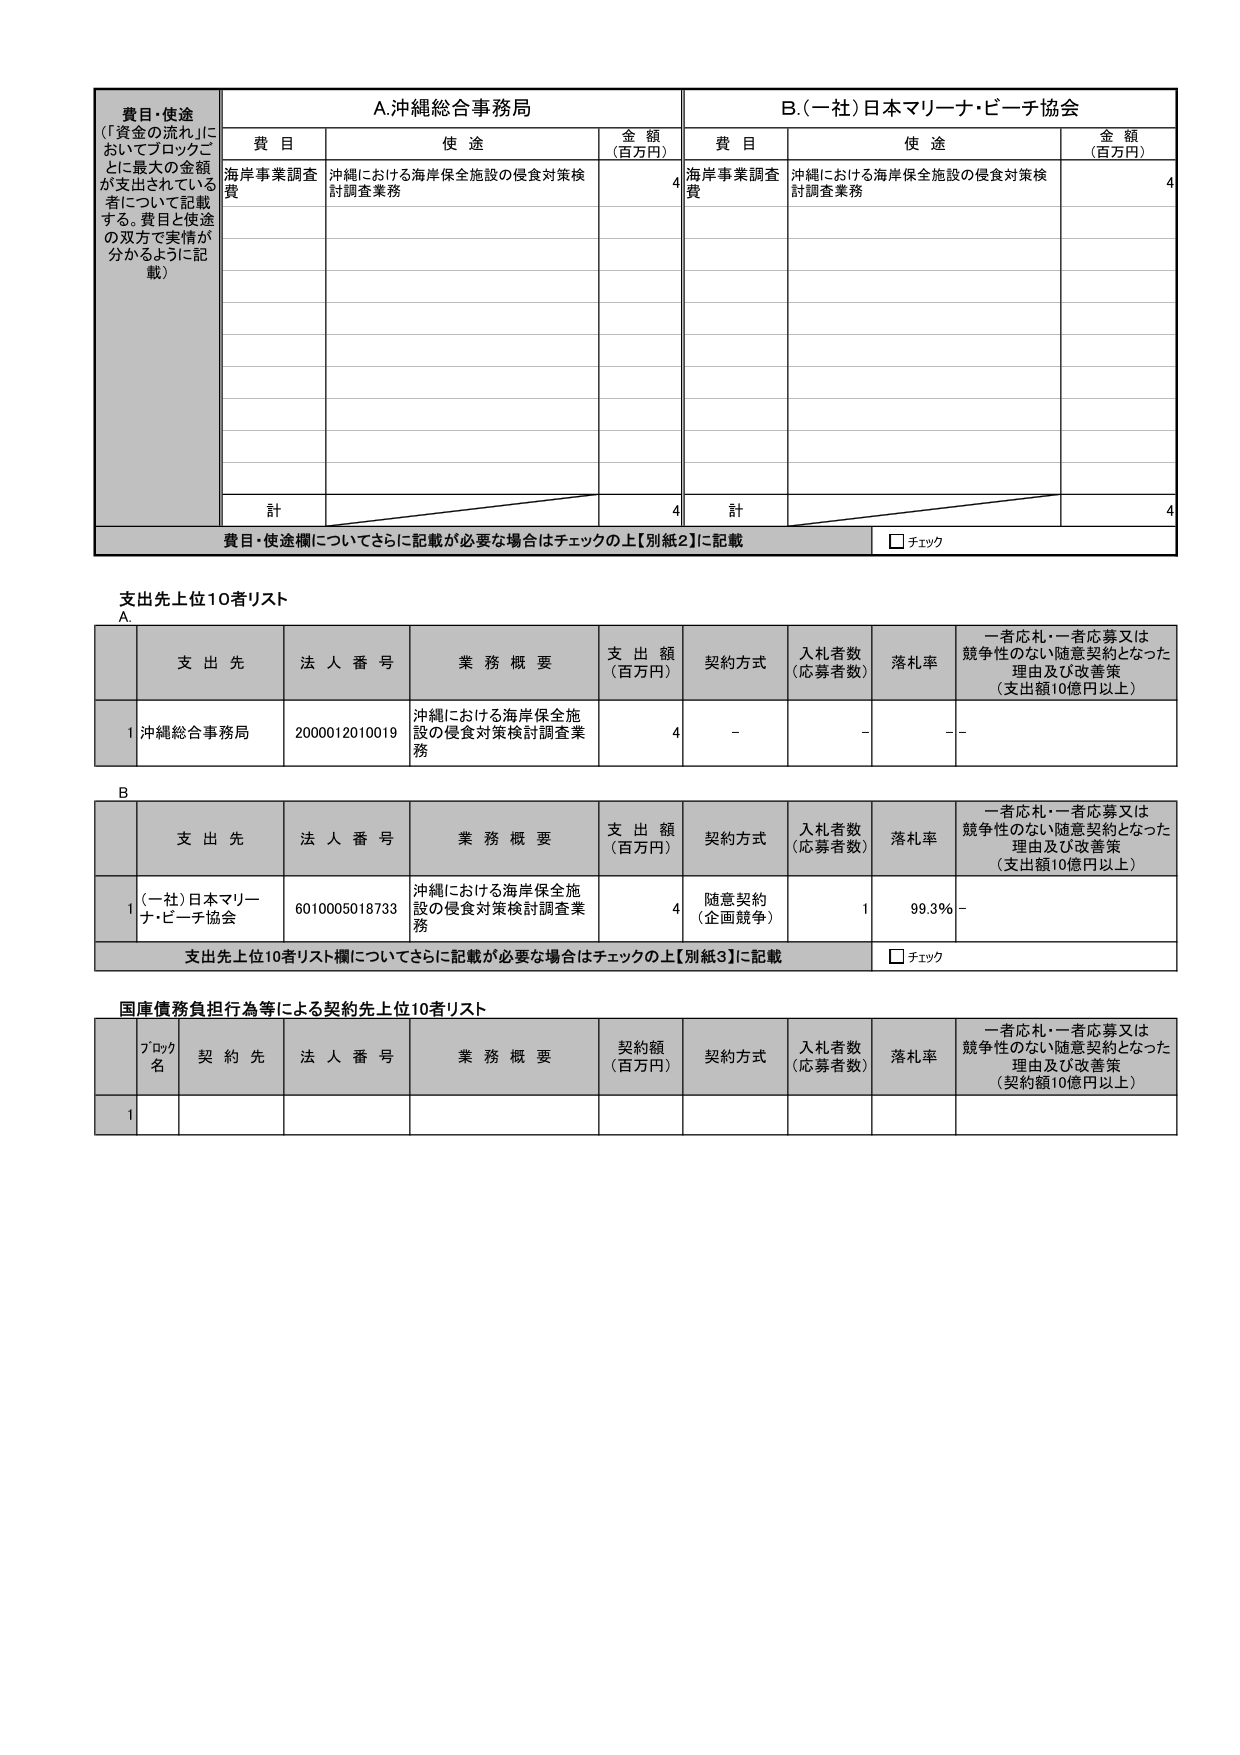
費目・使途
（「資金の流れ」に
おいてブロックご
とに最大の金額
が支出されている
者について記載
する。費目と使途
の双方で実情が
分かるように記
載）

A.沖縄総合事務局

費目
使途
金額
（百万円）

B.（一社）日本マリーナ・ビーチ協会

費目
使途
金額
（百万円）

海岸事業調査
費
沖縄における海岸保全施設の侵食対策検
討調査業務
4
海岸事業調査
費
沖縄における海岸保全施設の侵食対策検
討調査業務
4

計
4
計
4

費目・使途欄についてさらに記載が必要な場合はチェックの上【別紙2】に記載
□チェック

支出先上位10者リスト

A.

支出先
法人番号
業務概要
支出額
（百万円）
契約方式
入札者数
（応募者数）
落札率
一者応札・一者応募又は
競争性のない随意契約となった
理由及び改善策
（支出額10億円以上）

1
沖縄総合事務局
2000012010019
沖縄における海岸保全施
設の侵食対策検討調査業
務
4
-
-
-
-

B

支出先
法人番号
業務概要
支出額
（百万円）
契約方式
入札者数
（応募者数）
落札率
一者応札・一者応募又は
競争性のない随意契約となった
理由及び改善策
（支出額10億円以上）

1
（一社）日本マリーナ・ビーチ協会
6010005018733
沖縄における海岸保全施
設の侵食対策検討調査業
務
4
随意契約
（企画競争）
1
99.3%
-

支出先上位10者リスト欄についてさらに記載が必要な場合はチェックの上【別紙3】に記載
□チェック

国庫債務負担行為等による契約先上位10者リスト

ブロック名
契約先
法人番号
業務概要
契約額
（百万円）
契約方式
入札者数
（応募者数）
落札率
一者応札・一者応募又は
競争性のない随意契約となった
理由及び改善策
（契約額10億円以上）

1